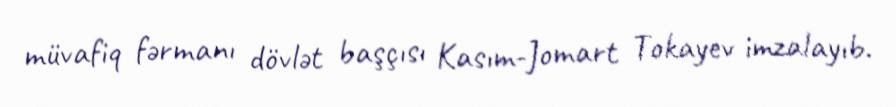
müvafiq fərmanı dövlət başçısı Kasım-Jomart Tokayev imzalayıb.